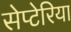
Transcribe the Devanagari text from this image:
सेप्टेरिया